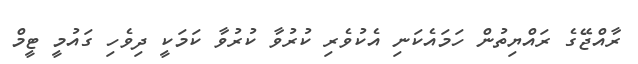
ރާއްޖޭގެ ރައްޔިތުން ހަމައެކަނި އެކުވެރި ކުރުވާ ކުރުވާ ކަމަކީ ދިވެހި ގައުމީ ޓީމް